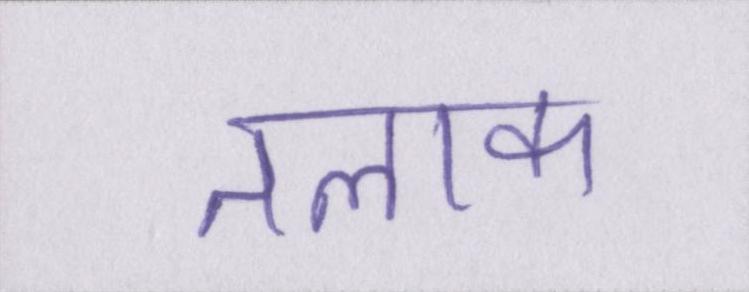
तलाक